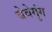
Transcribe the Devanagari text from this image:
बेवेगुंग